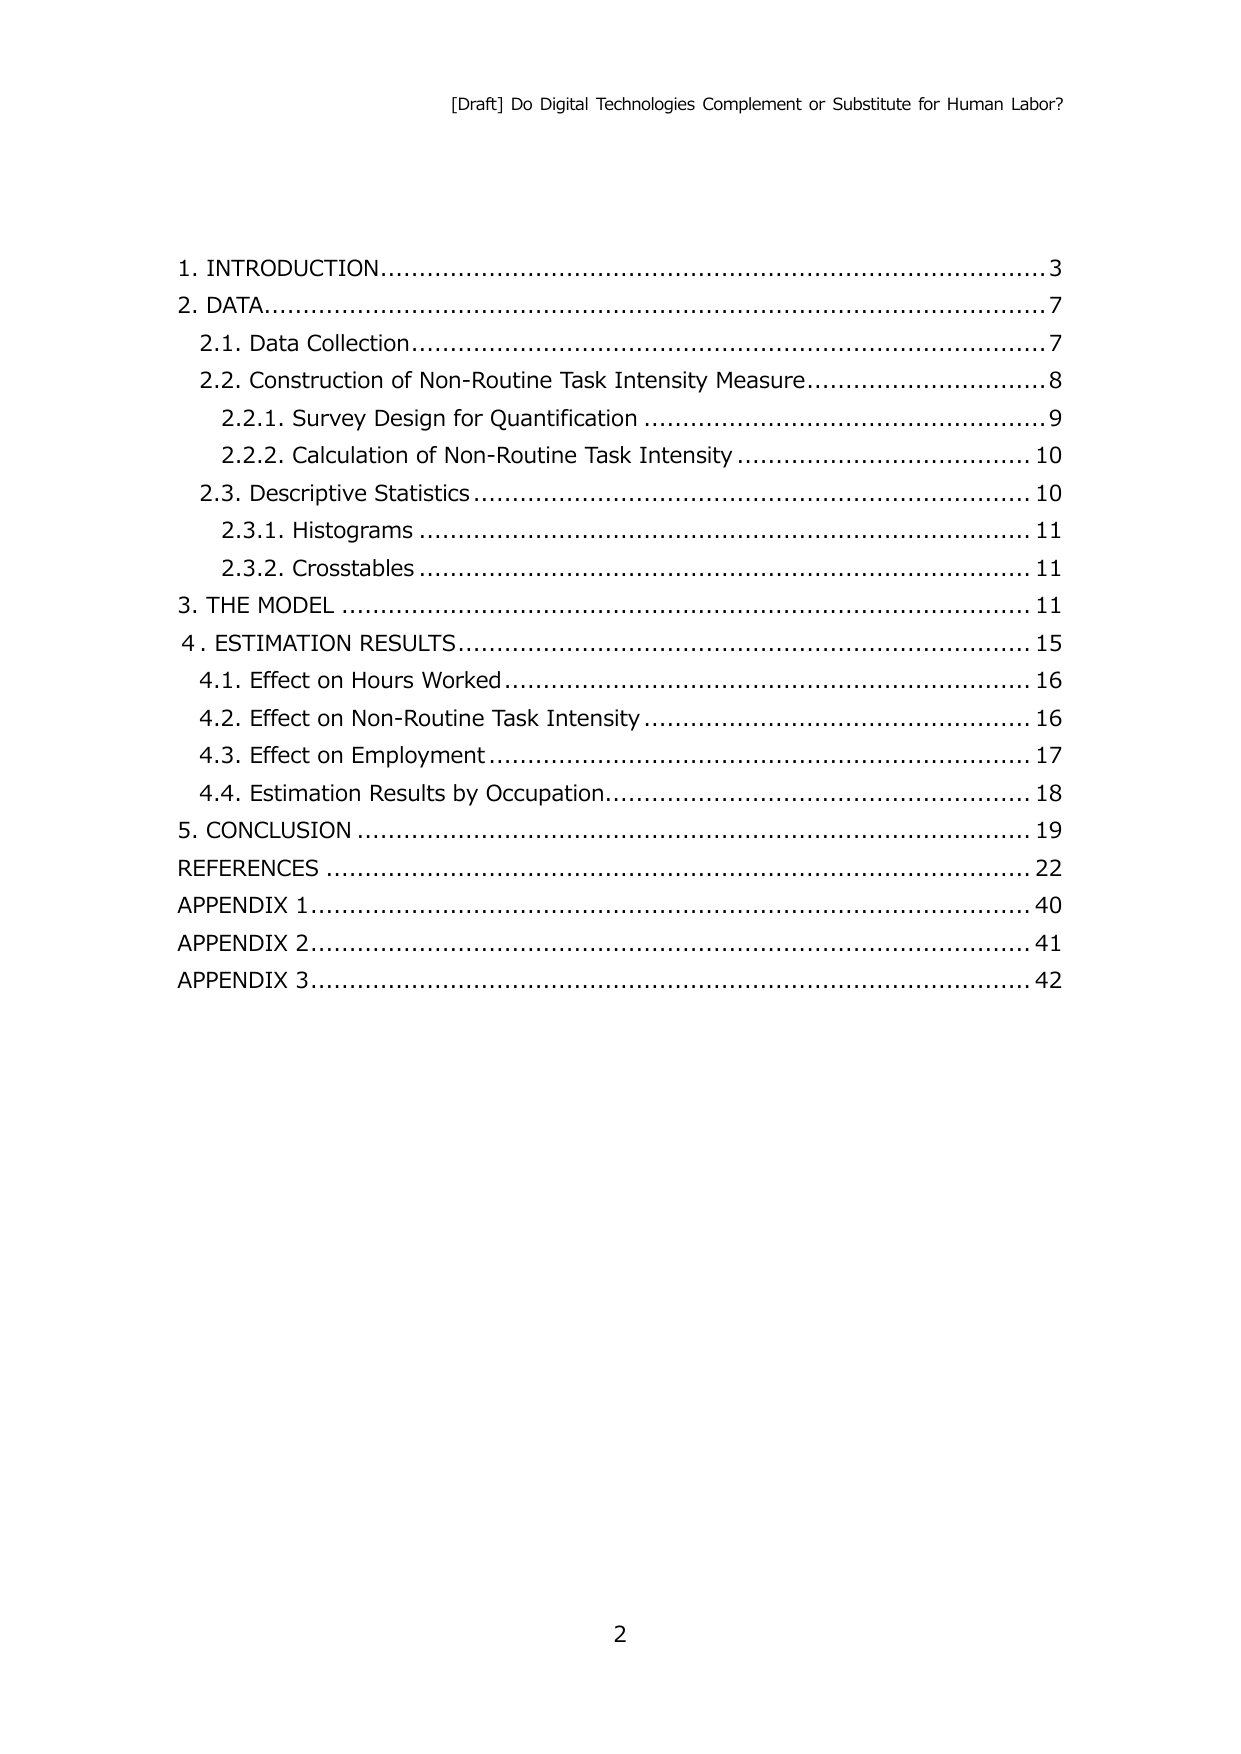
[Draft] Do Digital Technologies Complement or Substitute for Human Labor?

1. INTRODUCTION...........................................................3
2. DATA........................................................................7
   2.1. Data Collection...................................................7
   2.2. Construction of Non-Routine Task Intensity Measure...........8
      2.2.1. Survey Design for Quantification.........................9
      2.2.2. Calculation of Non-Routine Task Intensity...............10
   2.3. Descriptive Statistics.........................................10
      2.3.1. Histograms................................................11
      2.3.2. Crosstables..............................................11
3. THE MODEL...........................................................11
4. ESTIMATION RESULTS................................................15
   4.1. Effect on Hours Worked.........................................16
   4.2. Effect on Non-Routine Task Intensity..........................16
   4.3. Effect on Employment...........................................17
   4.4. Estimation Results by Occupation.............................18
5. CONCLUSION..........................................................19
REFERENCES.............................................................22
APPENDIX 1.............................................................40
APPENDIX 2.............................................................41
APPENDIX 3.............................................................42

2